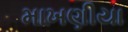
માખણીયા